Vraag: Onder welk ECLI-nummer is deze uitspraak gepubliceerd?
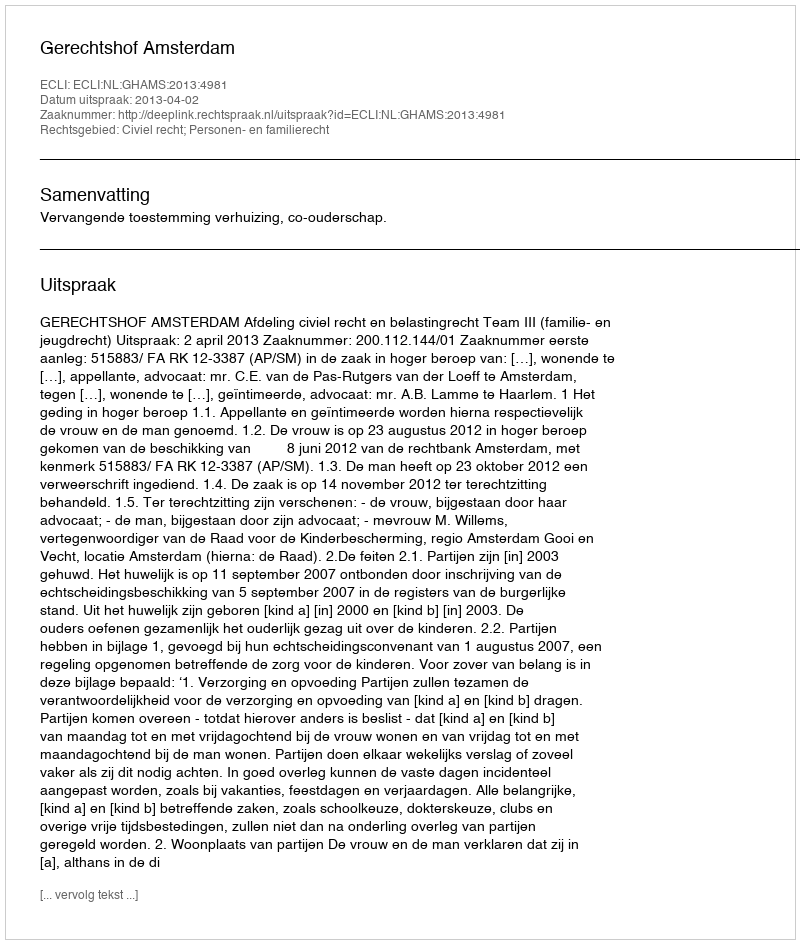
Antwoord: ECLI:NL:GHAMS:2013:4981